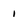
Character: 1